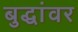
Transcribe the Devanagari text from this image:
बुद्धांवर